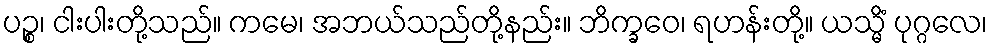
ပဉ္စ၊ ငါးပါးတို့သည်။ ကမေ၊ အဘယ်သည်တို့နည်း။ ဘိက္ခဝေ၊ ရဟန်းတို့။ ယသ္မိံ ပုဂ္ဂလေ၊